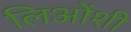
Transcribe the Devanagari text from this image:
लिओंशी